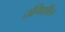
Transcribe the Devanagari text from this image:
तगिशील